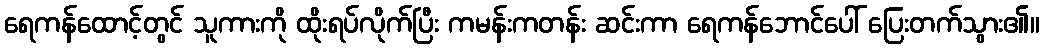
ရေကန်ထောင့်တွင် သူကားကို ထိုးရပ်လိုက်ပြီး ကမန်းကတန်း ဆင်းကာ ရေကန်ဘောင်ပေါ် ပြေးတက်သွား၏။